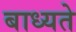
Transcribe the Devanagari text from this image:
बाध्यते